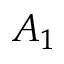
A _ { 1 }